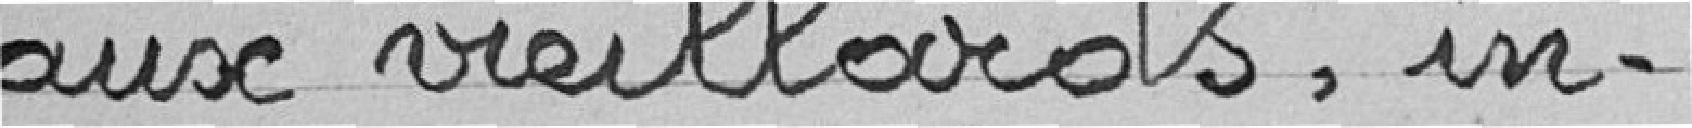
aux vieillards, in-